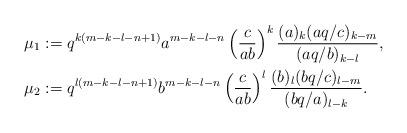
LaTeX: \begin{align*}\mu_{1} &:= q^{k (m - k - l - n + 1)} a^{m - k - l - n} \left(\frac{c}{a b} \right)^{k} \frac{(a)_{k} (a q / c)_{k - m}}{(a q / b)_{k - l}}, \allowdisplaybreaks \\\mu_{2} &:= q^{l (m - k - l - n + 1)} b^{m - k - l - n} \left(\frac{c}{a b} \right)^{l} \frac{(b)_{l} (b q / c)_{l - m}}{(b q / a)_{l - k}}. \end{align*}